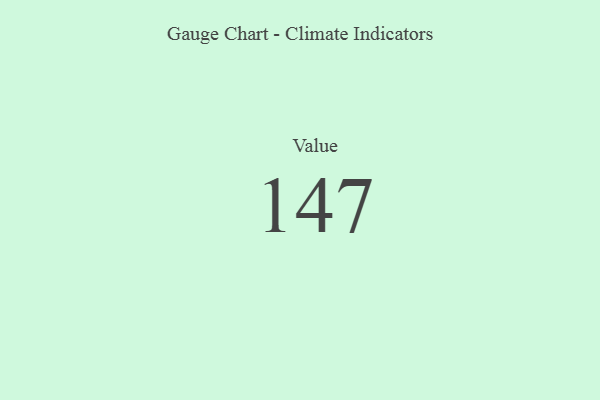
{"axis": {"x": "Metric", "y": "Value"}, "legend": [""], "data": [{"x": "Value", "y": 147, "type": ""}]}